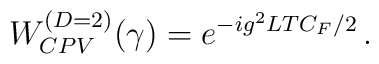
W_{CPV}^{(D=2)}(\gamma)= e^{-ig^2 LT C_F/2}\, .